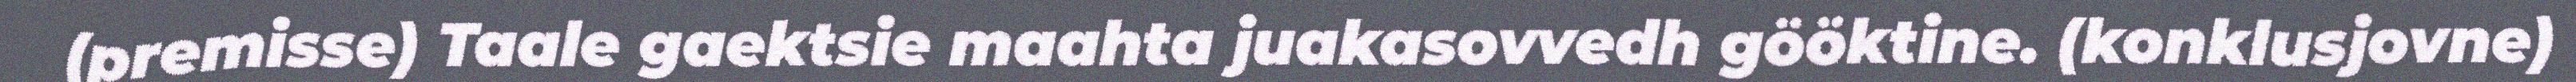
(premisse) Taale gaektsie maahta juakasovvedh gööktine. (konklusjovne)